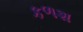
કળશ